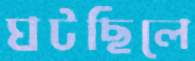
ঘটছিলে